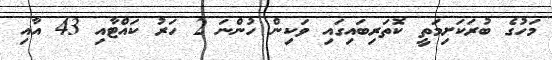
މަހުގެ ބުރަކަށިމަތީ ކޮތަރިބައިގައި ވަކިން ހުންނަ 2 ހަރު ކައްޓާއި 43 އާއި